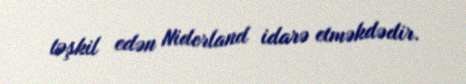
təşkil edən Niderland idarə etməkdədir.